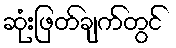
ဆုံးဖြတ်ချက်တွင်